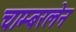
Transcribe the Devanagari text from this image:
चाम्बरलेन